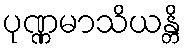
ပုဏ္ဏမာသိယန္တိ